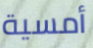
أمسية